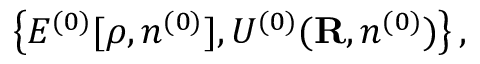
\left\{ { \cal E } ^ { ( 0 ) } [ \rho , n ^ { ( 0 ) } ] , { \cal U } ^ { ( 0 ) } ( { \bf R } , n ^ { ( 0 ) } ) \right\} ,